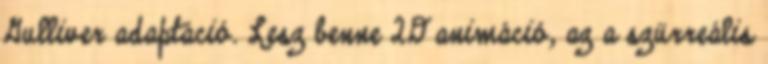
Gulliver adaptáció. Lesz benne 2D animáció, az a szürreális